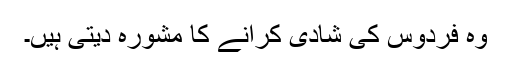
وہ فردوس کی شادی کرانے کا مشورہ دیتی ہیں۔